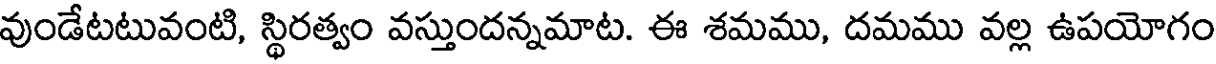
వుండేటటువంటి, స్థిరత్వం వస్తుందన్నమాట. ఈ శమము, దమము వల్ల ఉపయోగం